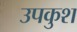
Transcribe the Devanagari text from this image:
उपकुश